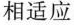
相适应